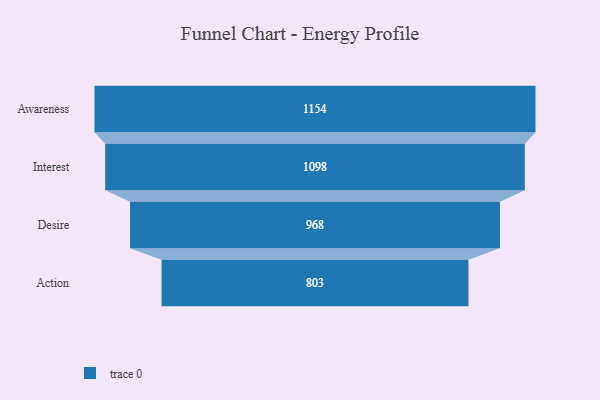
{"axis": {"x": "Stage", "y": "Value"}, "legend": [""], "data": [{"x": "Awareness", "y": 1154.0, "type": ""}, {"x": "Interest", "y": 1098.0, "type": ""}, {"x": "Desire", "y": 968.0, "type": ""}, {"x": "Action", "y": 803.0, "type": ""}]}